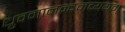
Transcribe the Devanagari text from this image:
ध्रुवमानन्दमव्ययम्